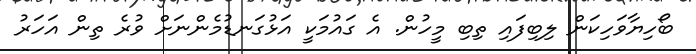
ބޯހިޔާވަހިކަން ލިބިފައި ތިބި މީހުން. އެ ގައުމަކީ އަޅުގަނޑުމެންނަށް ވުރެ ތިން އަހަރު